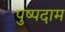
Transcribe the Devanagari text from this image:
पुष्पदाम